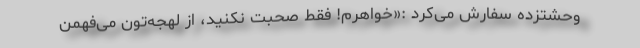
وحشتزده سفارش می‌کرد :«خواهرم! فقط صحبت نکنید، از لهجه‌تون می‌فهمن